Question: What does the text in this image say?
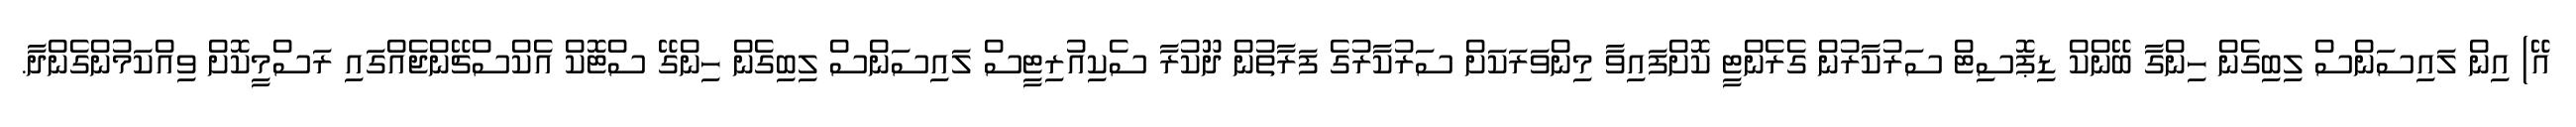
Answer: އޭ) އިން ލައިސަންސް ލިބިގެން ހިންގާ ބޭންކް ޑިޕޮސިޓް ސަރުކާރުން ގެރެންޓީ ކޮށްފައިވާ މިންވަރަކަށް ސަރުކާރުގެ ފަރާތުން ދޫކުރާ ސެކިއުރިޓީސް ލައިސަންސް ލިބިގެން ހިންގޭ ސްޓޮކް އެކްސްޗޭންޖެއްގައި ރަސްމީކޮށް ވިއްކަމުންގެންދާ.